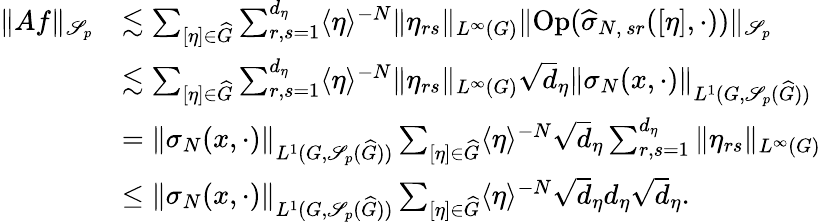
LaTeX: \begin{array}{rl}{\Vert Af\Vert_{\mathscr{S}_{p}}}&{\lesssim\sum_{[\eta]\in\widehat{G}}\sum_{r,s=1}^{d_{\eta}}\langle\eta\rangle^{-N}\Vert\eta_{rs}\Vert_{L^{\infty}(G)}\Vert\textnormal{Op}(\widehat{\sigma}_{N,\, sr}([\eta],\cdot))\Vert_{\mathscr{S}_{p}}}\\ &{\lesssim\sum_{[\eta]\in\widehat{G}}\sum_{r,s=1}^{d_{\eta}}\langle\eta\rangle^{-N}\Vert\eta_{rs}\Vert_{L^{\infty}(G)}\sqrt{d}_{\eta}\Vert{\sigma}_{N}(x,\cdot)\Vert_{L^{1}(G,\mathscr{S}_{p}(\widehat{G}))}}\\ &{=\Vert{\sigma}_{N}(x,\cdot)\Vert_{L^{1}(G,\mathscr{S}_{p}(\widehat{G}))}\sum_{[\eta]\in\widehat{G}}\langle\eta\rangle^{-N}\sqrt{d}_{\eta}\sum_{r,s=1}^{d_{\eta}}\Vert\eta_{rs}\Vert_{L^{\infty}(G)}}\\ &{\leq\Vert{\sigma}_{N}(x,\cdot)\Vert_{L^{1}(G,\mathscr{S}_{p}(\widehat{G}))}\sum_{[\eta]\in\widehat{G}}\langle\eta\rangle^{-N}\sqrt{d}_{\eta}d_{\eta}\sqrt{d}_{\eta}.}\end{array}